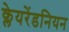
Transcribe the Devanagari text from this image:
क्लेयरेंडनियन